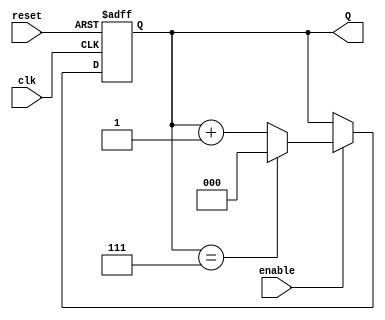
module binary_up_counter #(
    parameter N = 3 // Number of bits for the counter
)(
    input wire clk,       // Clock signal
    input wire reset,     // Asynchronous reset signal
    input wire enable,    // Enable signal
    output reg [N-1:0] Q  // Current count value
);

// Always block triggered on the rising edge of the clock
always @(posedge clk or posedge reset) begin
    if (reset) begin
        // Asynchronous reset: set count to 0
        Q <= 0;
    end else if (enable) begin
        // Increment the counter, with wrap-around
        if (Q == (1 << N) - 1) begin
            Q <= 0; // Wrap around to 0
        end else begin
            Q <= Q + 1; // Increment the counter
        end
    end
    // If enable is low, retain current value (no action needed)
end

endmodule